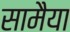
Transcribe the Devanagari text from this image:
सामैया